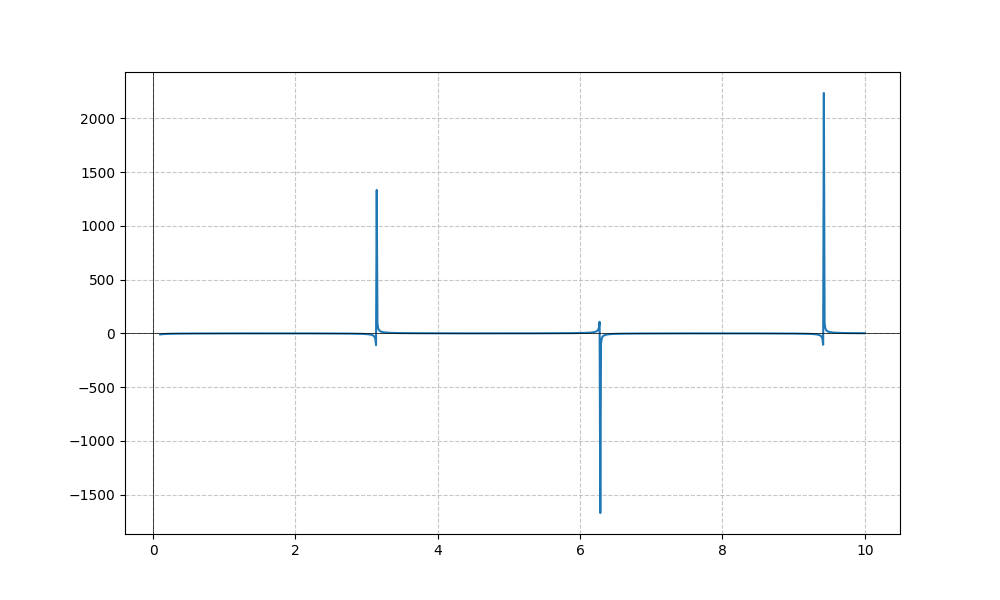
LaTeX formula: - \cos{\left(x \right)} \cot{\left(x \right)}